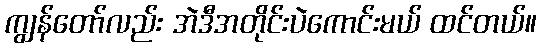
ကျွန်တော်လည်း အဲဒီအတိုင်းပဲကောင်းမယ် ထင်တယ်။